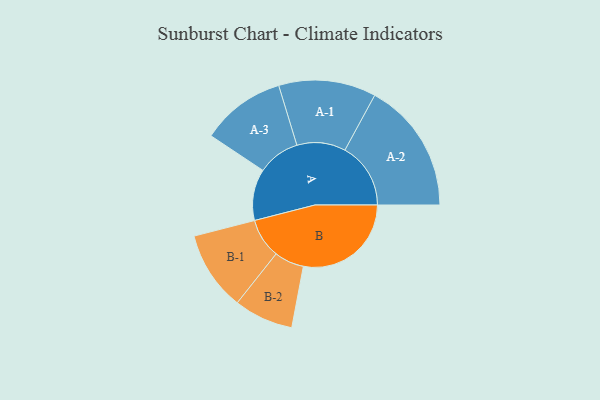
{"axis": {"x": "Segment", "y": "Value"}, "legend": ["", "A", "B"], "data": [{"x": "A", "y": 225, "type": ""}, {"x": "B", "y": 472, "type": ""}, {"x": "A-1", "y": 213, "type": "A"}, {"x": "A-2", "y": 288, "type": "A"}, {"x": "A-3", "y": 185, "type": "A"}, {"x": "B-1", "y": 174, "type": "B"}, {"x": "B-2", "y": 130, "type": "B"}]}